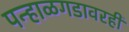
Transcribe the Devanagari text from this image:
पन्हाळगडावरही